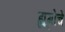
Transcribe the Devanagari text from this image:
ह्यूगोचे